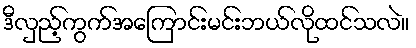
ဒီလှည့်ကွက်အကြောင်းမင်းဘယ်လိုထင်သလဲ။